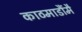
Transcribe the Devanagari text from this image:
काठमाडौंमै